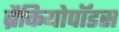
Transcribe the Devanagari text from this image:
ब्रैकियोपॉडस